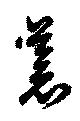
蒼